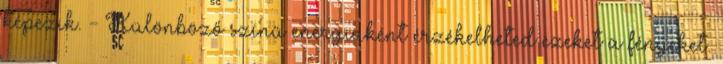
képezik. - Különböző színű energiaként érzékelheted ezeket a fényeket.